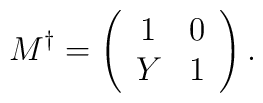
M^\dagger =\left( \begin{array}{cc}1& 0 \\Y& 1\end{array} \right).